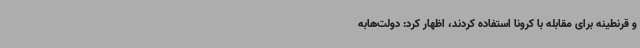
و قرنطینه برای مقابله با کرونا استفاده کردند، اظهار کرد: دولت‌هابه